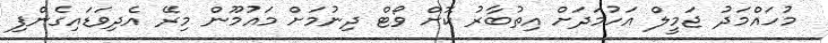
މުހައްމަދު ޖަމީލް އަހުމަދަށް އިތުބާރު ކޮށް ވޯޓް ދިނުމަށް މައުމޫން މިރޭ އެދިވަޑައިގެންފި